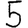
Digit: 5